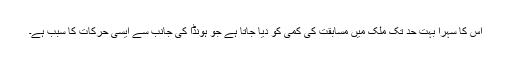
اس کا سہرا بہت حد تک ملک میں مسابقت کی کمی کو دیا جاتا ہے جو ہونڈا کی جانب سے ایسی حرکات کا سبب ہے۔